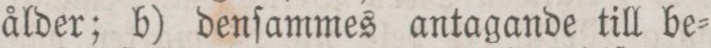
ålder; b) denſammes antagande till be=